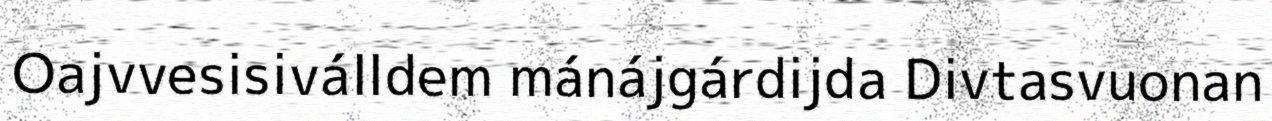
Oajvvesisiválldem mánájgárdijda Divtasvuonan